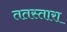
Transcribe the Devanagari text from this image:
ततस्तारा